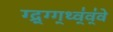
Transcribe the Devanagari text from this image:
ग्द्र्ग्ग्थ्व्॑व्॑वे